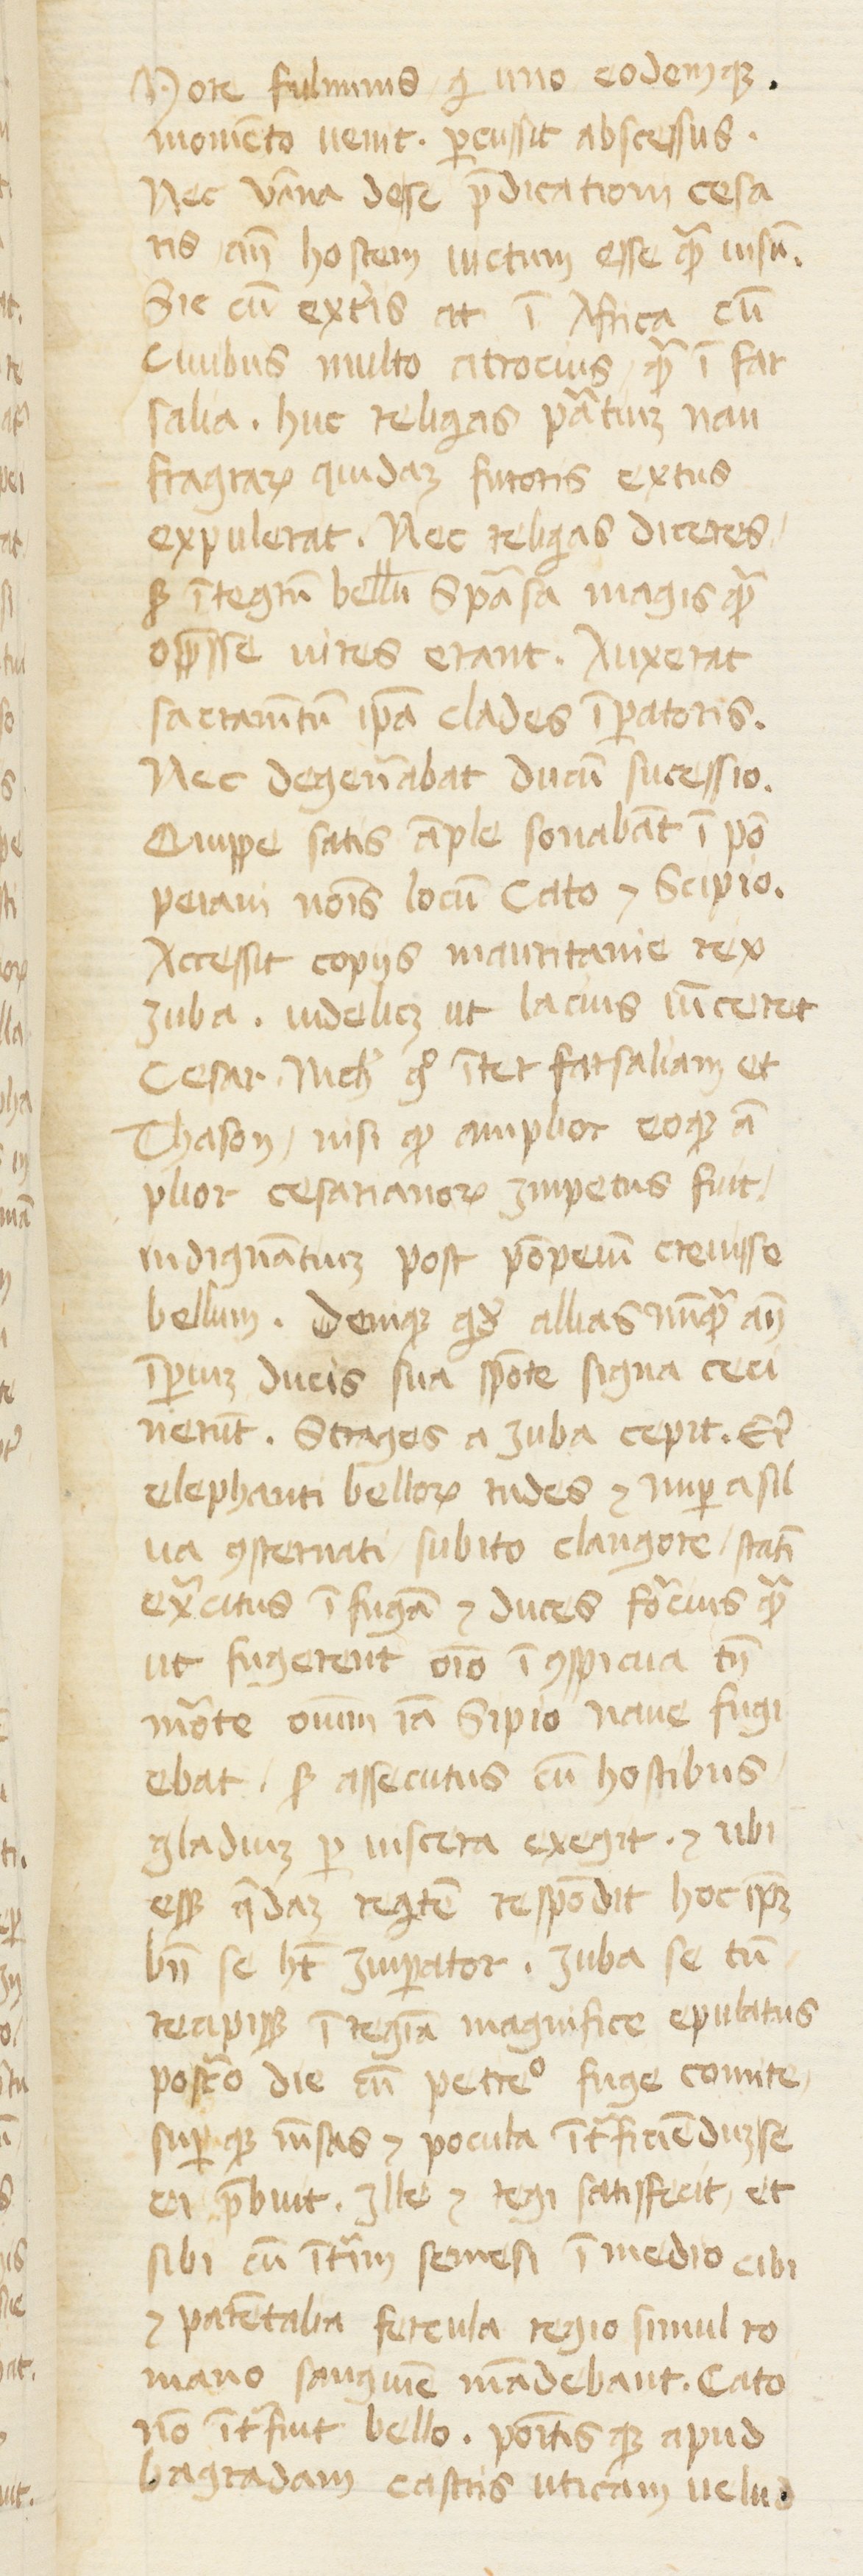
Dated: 1400–1415